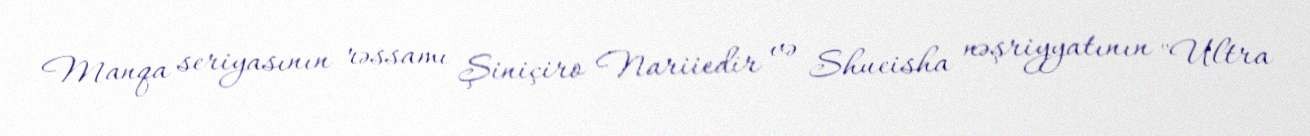
Manqa seriyasının rəssamı Şiniçiro Nariiedir və Shueisha nəşriyyatının "Ultra